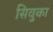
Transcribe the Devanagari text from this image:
सिवुका